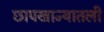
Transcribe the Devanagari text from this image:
छापखान्यातली